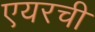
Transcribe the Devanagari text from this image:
एयरची